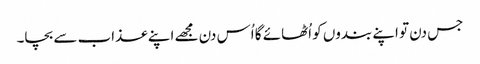
جس دن تو اپنے بندوں کو اُٹھائے گا اُس دن مجھے اپنے عذاب سے بچا۔